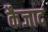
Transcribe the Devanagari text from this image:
कैजाद